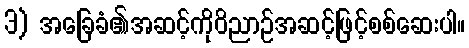
3) အခြေခံ၏အဆင့်ကိုဝိညာဉ်အဆင့်ဖြင့်စစ်ဆေးပါ။